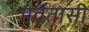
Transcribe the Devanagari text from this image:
पर्वतासी